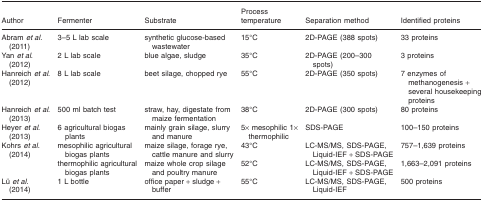
<table><thead><tr><td><b>Author</b></td><td><b>Fermenter</b></td><td><b>Substrate</b></td><td><b>Process temperature</b></td><td><b>Separation method</b></td><td><b>Identified proteins</b></td></tr></thead><tbody><tr><td>Abram <i>et al</i>. (2011)</td><td>3–5 L lab scale</td><td>synthetic glucose-based wastewater</td><td>15°C</td><td>2D-PAGE (388 spots)</td><td>33 proteins</td></tr><tr><td>Yan <i>et al</i>. (2012)</td><td>2 L lab scale</td><td>blue algae, sludge</td><td>35°C</td><td>2D-PAGE (200–300 spots)</td><td>3 proteins</td></tr><tr><td>Hanreich <i>et al</i>. (2012)</td><td>8 L lab scale</td><td>beet silage, chopped rye</td><td>55°C</td><td>2D-PAGE (350 spots)</td><td>7 enzymes of methanogenesis + several housekeeping proteins</td></tr><tr><td>Hanreich <i>et al</i>. (2013)</td><td>500 ml batch test</td><td>straw, hay, digestate from maize fermentation</td><td>38°C</td><td>2D-PAGE (300 spots)</td><td>80 proteins</td></tr><tr><td>Heyer <i>et al</i>. (2013)</td><td>6 agricultural biogas plants</td><td>mainly grain silage, slurry and manure</td><td>5× mesophilic 1× thermophilic</td><td>SDS-PAGE</td><td>100–150 proteins</td></tr><tr><td>Kohrs <i>et al</i>. (2014)</td><td>mesophilic agricultural biogas plants</td><td>maize silage, forage rye, cattle manure and slurry</td><td>43°C</td><td>LC-MS/MS, SDS-PAGE, Liquid-IEF + SDS-PAGE</td><td>757–1,639 proteins</td></tr><tr><td></td><td>thermophilic agricultural biogas plants</td><td>maize whole crop silage and poultry manure</td><td>52°C</td><td>LC-MS/MS, SDS-PAGE, Liquid-IEF + SDS-PAGE</td><td>1,663–2,091 proteins</td></tr><tr><td>Lü <i>et al</i>. (2014)</td><td>1 L bottle</td><td>office paper + sludge + buffer</td><td>55°C</td><td>LC-MS/MS, SDS-PAGE, Liquid-IEF</td><td>500 proteins</td></tr></tbody></table>